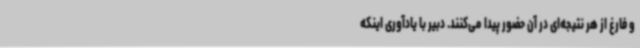
و فارغ از هر نتیجه‌ای در آن حضور پیدا می‌کنند. دبیر با یادآوری اینکه